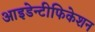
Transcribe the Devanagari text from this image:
आइडेन्टीफिकेशन